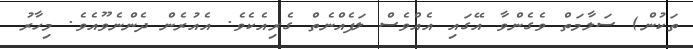
ތަކުން) ސަލާމަތް ވެގެންވާ އޭގައި އެއްވެސް ލަފެއްނެތް ގެރިއެކެވެ. އެއުރެން ދެންނެވޫއެވެ. މިހާރު